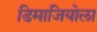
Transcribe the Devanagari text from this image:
डिमाजियोला